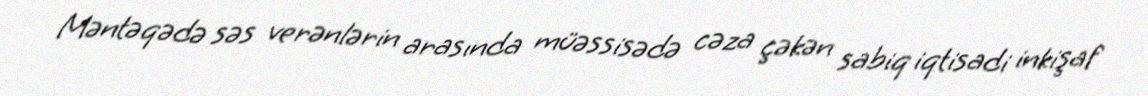
Məntəqədə səs verənlərin arasında müəssisədə cəza çəkən sabiq iqtisadi inkişaf